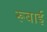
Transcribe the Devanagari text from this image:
रूबाई